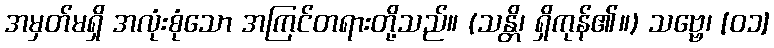
အမှတ်မရှိ အလုံးစုံသော အကြင်တရားတို့သည်။ (သန္တိ၊ ရှိကုန်၏။) သဗ္ဗေ၊ [၀၁]